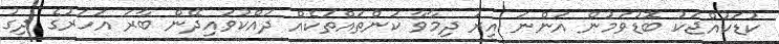
ކުޑަކުއްޖަކު ބޮޑުވަމުން އަންނަ އިރު ދިމާވާ ކަންތައްތަކެއް ދައްކުވައިދޭން ބާރަ އަހަރުގެ ދިގު